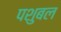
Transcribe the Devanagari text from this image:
पशुबल